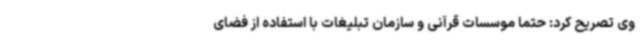
وی تصریح کرد: حتما موسسات قرآنی و سازمان تبلیغات با استفاده از فضای